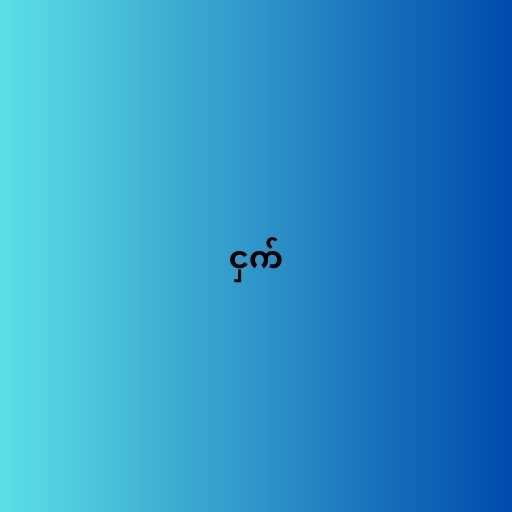
ငှက်